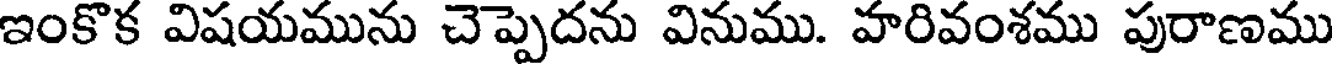
ఇంకొక విషయమును చెప్పెదను వినుము. హరివంశము పురాణము